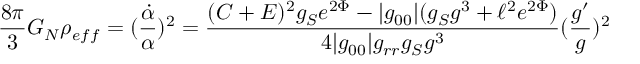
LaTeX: \frac { 8 \pi } { 3 } G _ { N } \rho _ { e f f } = ( \frac { \dot { \alpha } } { \alpha } ) ^ { 2 } = \frac { ( C + E ) ^ { 2 } g _ { S } e ^ { 2 \Phi } - | g _ { 0 0 } | ( g _ { S } g ^ { 3 } + \ell ^ { 2 } e ^ { 2 \Phi } ) } { 4 | g _ { 0 0 } | g _ { r r } g _ { S } g ^ { 3 } } ( \frac { g ^ { \prime } } { g } ) ^ { 2 }